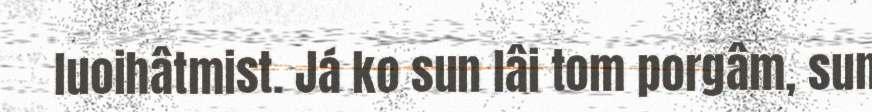
luoihâtmist. Já ko sun lâi tom porgâm, sun